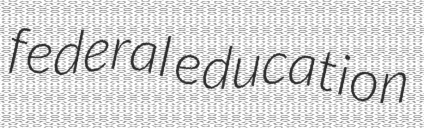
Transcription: federal education